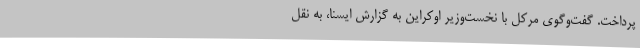
پرداخت. گفت‌وگوی مرکل با نخست‌وزیر اوکراین به گزارش ایسنا، به نقل